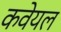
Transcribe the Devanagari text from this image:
कवेयल